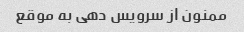
ممنون از سرویس دهی به موقع